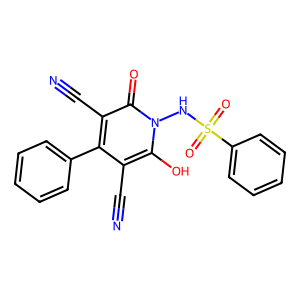
SMILES: N#Cc1c(-c2ccccc2)c(C#N)c(=O)n(NS(=O)(=O)c2ccccc2)c1O
Inhibits HIV replication: No